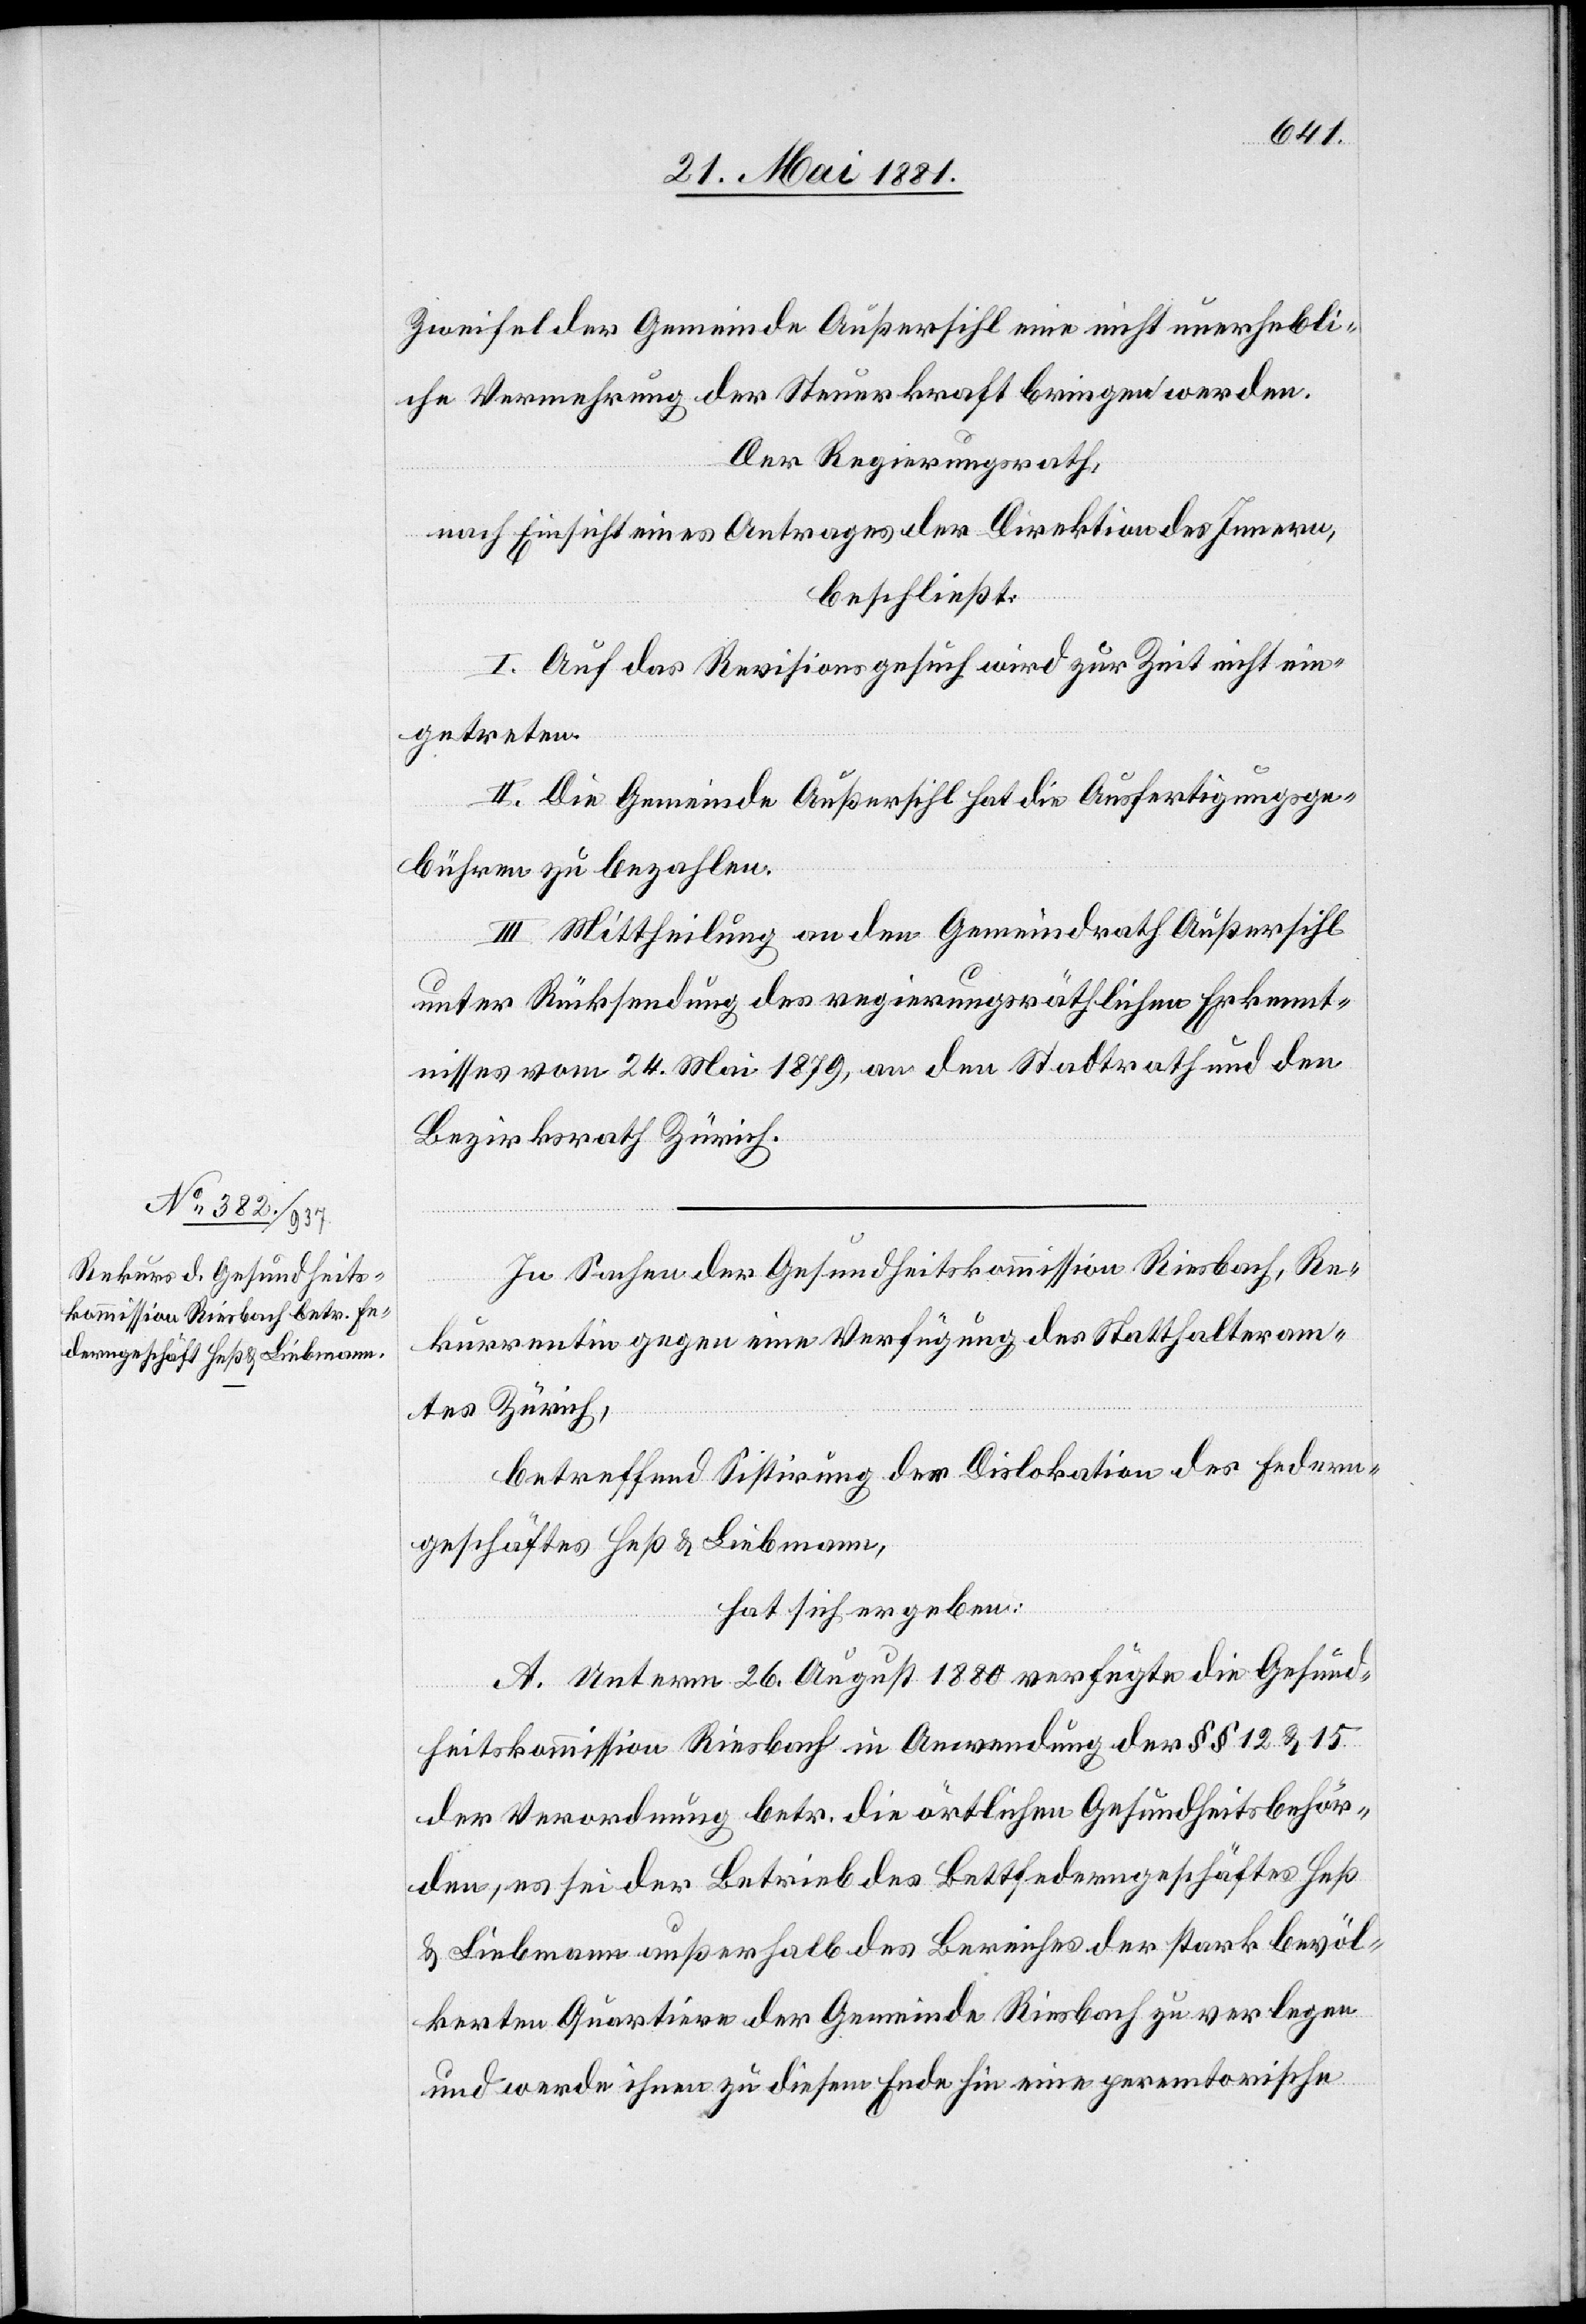
Zweifel der Gemeinde Außersihl eine nicht unerhebli¬
che Vermehrung der Steuerkraft bringen werde.
Der Regierungsrath,
nach Einsicht eines Antrages der Direktion des Innern,
beschließt:
I. Auf das Revisionsgesuch wird zur Zeit nicht ein¬
getreten.
II. Die Gemeinde Außersihl hat die Ausfertigungsge¬
bühren zu bezahlen.
III. Mittheilung an den Gemeindrath Außersihl
unter Rücksendung des regierungsräthlichen Erkennt¬
nisses vom 24. Mai 1876, an den Stadtrath und den
Bezirksrath Zürich.
In Sachen der Gesundheitskommission Riesbach, Re¬
kurrentin gegen eine Verfügung des Statthalteram¬
tes Zürich,
betreffend Sistirung der Dislokation des Federn¬
geschäftes Heß & Liebmann,
hat sich ergeben:
A. Unterm 26. August 1880 verfügte die Gesund¬
heitskommission Riesbach in Anwendung der §§ 12 & 15
der Verordnung betr. die örtlichen Gesundheitsbehör¬
den, es sei der Betrieb des Bettfederngeschäftes Heß
& Liebmann außerhalb des Bereiches der stark bevöl¬
kerten Quartiere der Gemeinde Riesbach zu verlegen
und werde ihnen zu diesem Ende hin eine perem[p]torische